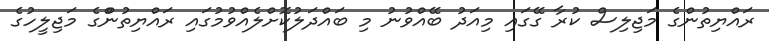
ރައްޔިތުންގެ މަޖިލިސް ކުރާ ގޭގައި މިއަދު ބޭއްވުނު މި ބައްދަލުކޮށްލެއްވުމުގައި ރައްޔިތުންްގެ މަޖިލީހުގެ